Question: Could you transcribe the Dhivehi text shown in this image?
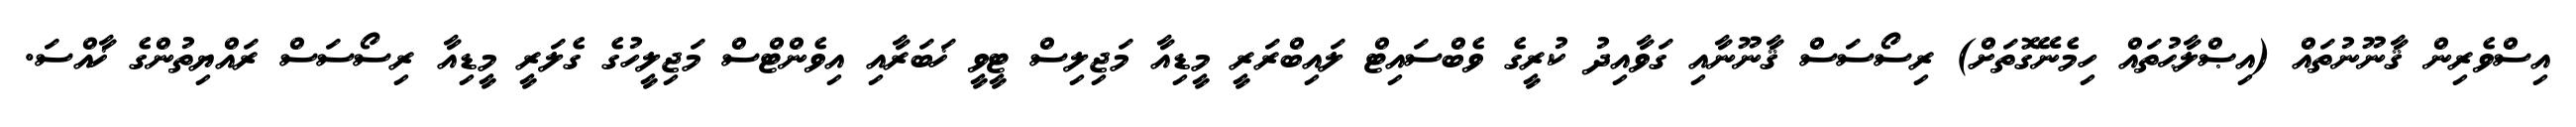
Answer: އިސްވެރިން ޤާނޫނުތައް (އިޞްލާޙުތައް ހިމެނޭގޮތަށް) ރިސޯސަސް ޤާނޫނާއި ގަވާއިދު ކުރީގެ ވެބްސައިޓް ލައިބްރަރީ މީޑިއާ މަޖިލިސް ޓީވީ ޚަބަރާއި އިވެންޓްސް މަޖިލީހުގެ ގެލަރީ މީޑިއާ ރިސޯސަސް ރައްޔިތުންގެ ޚާއްސަ.